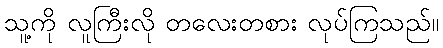
သူ့ကို လူကြီးလို တလေးတစား လုပ်ကြသည်။